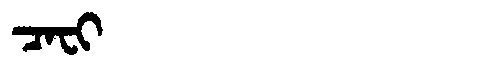
Manchu: ᠴᠠᠸᡳ
Romanization: CAFI